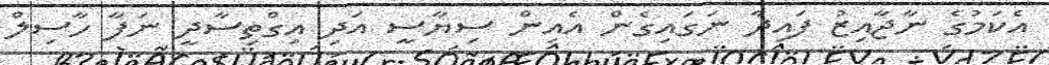
އެކަމުގެ ނާޖާއިޒު ފައިދާ ނަގައިގެން އެއިން ސިޔާސީ އަދި އިގްތިސާދީ ނަފާ ހާސިލް